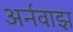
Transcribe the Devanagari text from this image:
अर्नवाझ